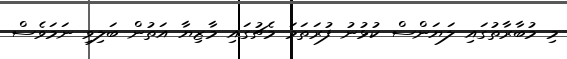
މި މުބާރާތުގައި ލަޔަންސް ކުޅުނު ފުރަތަމަ މެޗުގައި މާޒިޔާ އަތުން ބަލިވި ނަމަވެސް